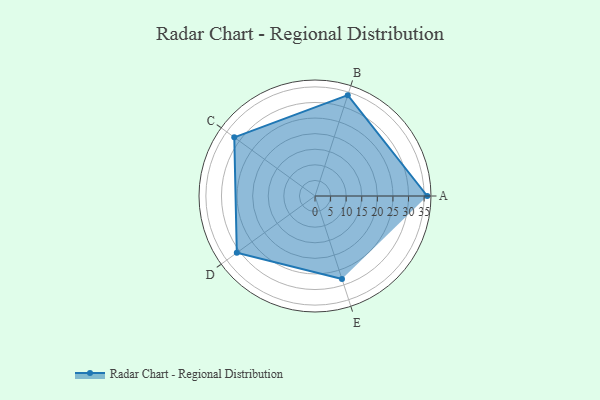
{"axis": {"x": "Skill", "y": "Score"}, "legend": ["Profile"], "data": [{"x": "A", "y": 36.0, "type": "Profile"}, {"x": "B", "y": 34.0, "type": "Profile"}, {"x": "C", "y": 32.0, "type": "Profile"}, {"x": "D", "y": 31.0, "type": "Profile"}, {"x": "E", "y": 28.0, "type": "Profile"}]}